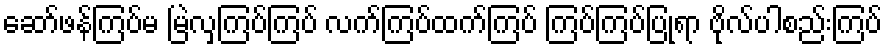
ဆော်ဖန်ကြပ်မ မြဲလှကြပ်ကြပ် လက်ကြပ်ထက်ကြပ် ကြပ်ကြပ်ပြုရာ ဗိုလ်ပါစည်းကြပ်